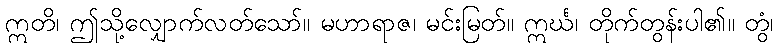
ဣတိ၊ ဤသို့လျှောက်လတ်သော်။ မဟာရာဇ၊ မင်းမြတ်။ ဣင်္ဃ၊ တိုက်တွန်းပါ၏။ တွံ၊